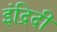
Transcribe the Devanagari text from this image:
इंद्रिदी